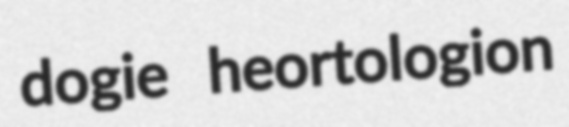
dogie heortologion